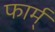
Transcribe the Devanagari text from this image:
फार्म्